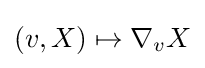
(v,X)\mapsto \nabla _{v}X